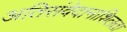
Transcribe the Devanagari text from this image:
अतिसंवेदानाशिलता